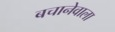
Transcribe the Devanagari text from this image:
बचानेवाला